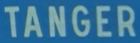
TANGER